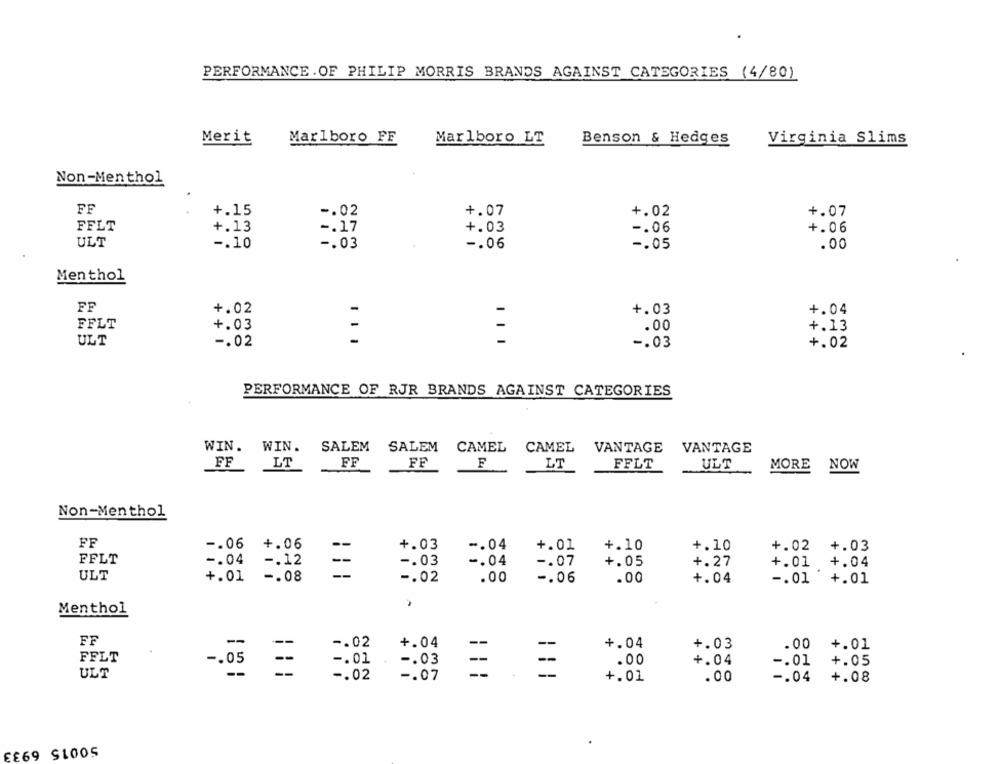
PERFORMANCE . OF PHILIP MORRIS BRANDS AGAINST CATEGORIES (4/80)
Merit
Marlboro FF
Marlboro LT
Benson & Hedges
Virginia Slims
Non-Menthol
FF
+.15
-. 02
+.07
+.02
+.07
FFLT
+.13
-. 17
+.03
-. 06
+.06
ULT
-. 10
-. 03
-. 06
-. 05
.00
Menthol
FF
+.02
+.03
+.04
FFLT
+.03
.00
+.13
ULT
-. 02
-. 03
+.02
PERFORMANCE OF RJR BRANDS AGAINST CATEGORIES
WIN. WIN.
SALEM SALEM
CAMEL CAMEL
VANTAGE VANTAGE
FF
LT
FF
FF
F
LT
FFLT
ULT
MORE NOW
Non-Menthol
FF
-. 06
+.06
+.03
-. 04
+.01
+.10
+.10
+.02
+.03
FFLT
-. 04
-. 12
-. 03
-. 04
-. 07
+.05
+.27
+.01
+.04
--
--
ULT
+.01
-. 08
-. 02
.00
-. 06
.00
+.04
-. 01
+.01
Menthol
FF
-
-. 02
+.04
+.04
--
+.03
.00
+.01
FFLT
-. 05
--
-. 01
-. 03
--
.00
+.04
-. 01
+.05
--
--
ULT
-. 02
-. 07
+.01
.00
-. 04
+.08
E£69 $1005